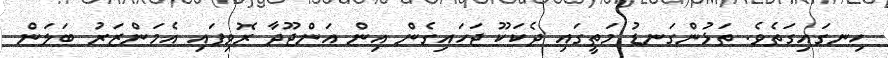
ހިނގައިގަތެވެ. ތަޅުންގަނޑު މަތީގައި ދެކަކޫ ޖަހައިގެން އިން އަންޖޫދާ ރޮވިފައި އެމަންޒަރު ބަލަން